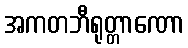
အကတဘီရုတ္တာဏော